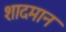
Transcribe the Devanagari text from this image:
शादमान